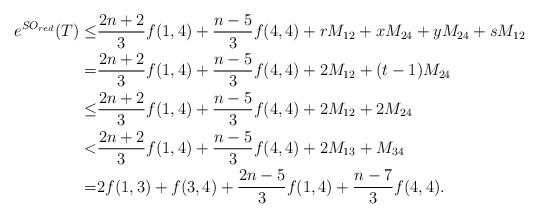
\begin{align*}e^{SO_{red}}(T)\le &\frac{2n+2}{3}f(1,4)+\frac{n-5}{3}f(4,4)+rM_{12}+xM_{24}+yM_{24}+sM_{12}\\=&\frac{2n+2}{3}f(1,4)+\frac{n-5}{3}f(4,4)+2M_{12}+(t-1)M_{24}\\\le &\frac{2n+2}{3}f(1,4)+\frac{n-5}{3}f(4,4)+2M_{12}+2M_{24}\\< &\frac{2n+2}{3}f(1,4)+\frac{n-5}{3}f(4,4)+2M_{13}+M_{34}\\=&2f(1,3)+f(3,4)+\frac{2n-5}{3}f(1,4)+\frac{n-7}{3}f(4,4).\end{align*}